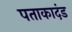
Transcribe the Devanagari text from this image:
पताकादंड